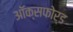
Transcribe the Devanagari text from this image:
अॉक्सफोर्ड